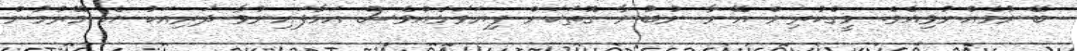
ބޭނުމެއްނުވިއެވެ. މީގެކުރިން އޭނާ ނުބުނާ ގޮތަކަށް ފިޔަވަޅެއްވެސް އަޅާފައިނުވާ ދަރިއަކު އެ މޭރުމުން